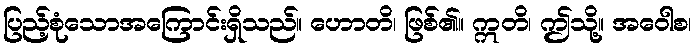
ပြည့်စုံသောအကြောင်းရှိသည်။ ဟောတိ၊ ဖြစ်၏။ ဣတိ၊ ဤသို့။ အဝေါစ၊